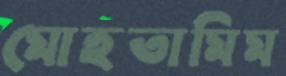
মোহতামিম